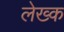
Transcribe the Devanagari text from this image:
लेख्क